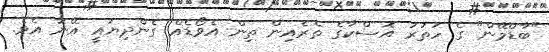
"ބާޑްމޭން" ގެ ހަތަރު އޮސްކާގެ ތެރެއިން ތިން އެވޯޑެއް ގެންދިޔައީ އޭނާ އެވެ.